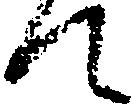
て